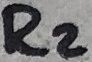
Text: R2